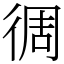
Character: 徟